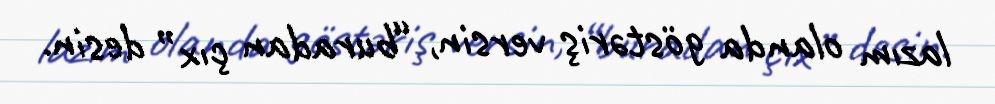
lazım olanda göstəriş versin, “buradan çıx” desin.